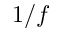
1 / f